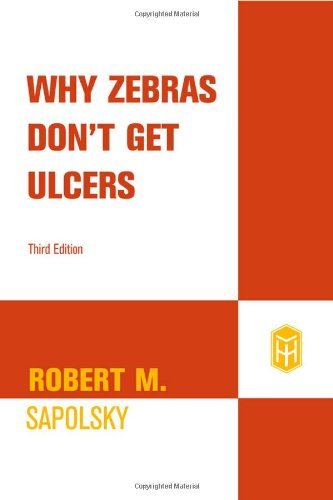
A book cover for By Robert M. Sapolsky - Why Zebras Don't Get Ulcers: The Acclaimed Guide to Stress, Stress-Related Diseases, and Coping - Now Revised and Updated (Third Edition) (8/16/04); Robert M. Sapolsky; Health, Fitness & Dieting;